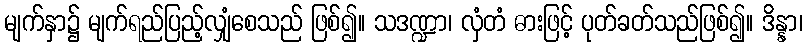
မျက်နှာ၌ မျက်ရည်ပြည့်လျှံစေသည် ဖြစ်၍။ သဒဏ္ဍာ၊ လှံတံ ဓားဖြင့် ပုတ်ခတ်သည်ဖြစ်၍။ ဒိန္နာ၊